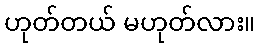
ဟုတ်တယ် မဟုတ်လား။